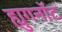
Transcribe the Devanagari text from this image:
ह्युगनॉट